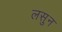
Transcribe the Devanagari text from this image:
लसुन